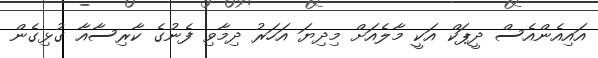
އައިއެންއެސް ދީޕަކް އަކީ މާލެއަށް މިދިޔަ އަހަރު ދިމާވި ފެނުގެ ކާރިސާއާ ގުޅިގެން